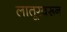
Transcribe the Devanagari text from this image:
लातूरवरून